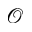
\mathcal { O }